Annual report of the Punjab Veterinary College and of the Civil Veterinary Department, Punjab - 1920-1925
Year: 1920
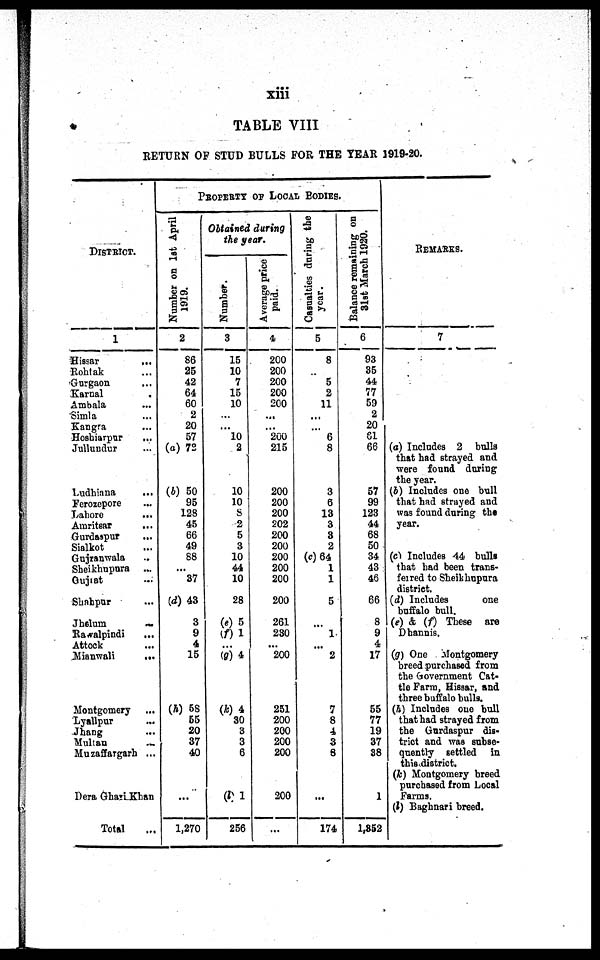
xiii
TABLE VIII
RETURN O F STUD BULLS F O R T H E YEAR 1919-20.
DISTRl CT.
1
Hissar ...
Roht ak ...
Gurgaon ...
Karnal ...
Ambal a ...
Si ml a
Kangra ...
Hosbiarpur ...
Jullundur ...
Ludhiana ...
Ferozepore ...
Lahore ...
Araritsar ...
Gurdaspur ...
Sialkot ..
Guj ranwal a ...
Sheikhupura ...
Gujrat. . .
Shahpur ...
Jhol um
...
Rawalpindi ...
At t ock ...
Mi anwal i ...
Mont gomery
Lyallpur ...
Jhang ...
Mul t an ...
Muzaffargarh ...
Dera Ghazi Khan
Total ...
PROPERTY OF LOCAL BODIES.
Number on 1st April
1919.
2
86
25
42
64
60
2
20
57
(a) 72
(6) 50
95
128
45
66
49
88
...
37
(d) 43
3
9
4
15
(h) 58
55
20
37
40
...
1, 270
Obtained during
the year.
Number.
3
15
10
7
15
10
... ...
10
2
10
10
5
2
5
3
10
44
10
28
(e) 5
(f) 1
... (g) 4
(k) 4
30
3
3
6
(l) 1
256
Average price
paid.
4
200
200
200
200
200
...
...
200
215
200
200
200
202
200
200
200
200
200
200
261
230
...
200
251
200
200
200
200
200
...
Casualties during
the year.
5
8
... 5
2
11
... ... 6
8
3
6
13
3
3
2
(c) 64
1
1
5
... 1
... 2
7
8
4
3
8
...
174
Balance remaining on
31st March 1920.
6
93
35
44
77
59
2
20
81
66
57
99
123
44
68
50
34
43
46
66
8
9
4
17
55
77
19
37
88
1
1, 852
REMARKS.
7
(a) Includes 2 bulls
that had strayed and
were found during
t he year.
(b) Includes one bull
that had strayed and
was found during the
year.
(c) Includes 44 bulls
that had been trans-
ferred t o Sheikhupura
district.
(d) Includes one
buffal o bull.
(e) & (f) These are
Dhannis.
(g) One Mont gomery
breed purchased from
t he Government Cat-
tle Farm, Hissar, and
three buffal o bulla.
(h) Includes one bull
that had strayed from
the Gurdaspur dis-
trict and was subse-
quently settled in
this district.
(k) Mont gomery breed
purchased from Local
Farms.
(J) Baghnari breed.